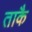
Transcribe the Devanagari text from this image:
ताकै